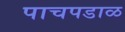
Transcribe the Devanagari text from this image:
पाचपडाळ